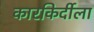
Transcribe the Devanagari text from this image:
कारकिर्दीला